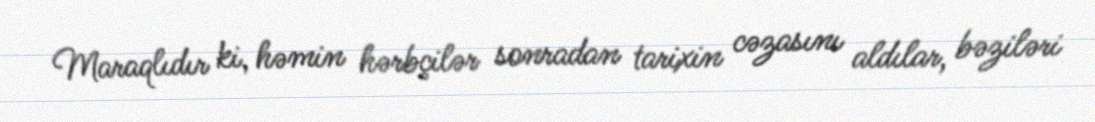
Maraqlıdır ki, həmin hərbçilər sonradan tarixin cəzasını aldılar, bəziləri